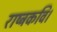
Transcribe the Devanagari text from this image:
राष्ट्रकवि।